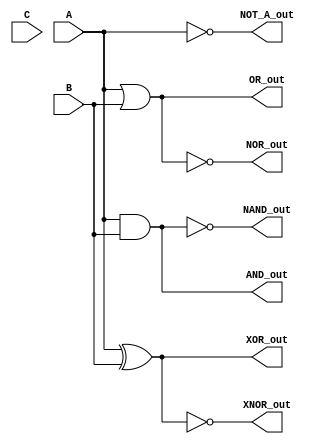
module logic_blocks (
    input  wire A,
    input  wire B,
    input  wire C,
    output wire AND_out,
    output wire OR_out,
    output wire NOT_A_out,
    output wire NAND_out,
    output wire NOR_out,
    output wire XOR_out,
    output wire XNOR_out
);

// Combining the logic gates
assign AND_out = A & B;            // AND operation
assign OR_out  = A | B;            // OR operation
assign NOT_A_out = ~A;             // NOT operation
assign NAND_out = ~(A & B);        // NAND operation
assign NOR_out  = ~(A | B);        // NOR operation
assign XOR_out  = A ^ B;           // XOR operation
assign XNOR_out = ~(A ^ B);        // XNOR operation

endmodule